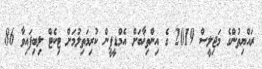
ރައްޔިތުންގެ މަޖިލީސް 2019 ގެ އިންތިޚާބަށް އެމްޑީޕީން ކުރިމަތިލުމަށް ޓިކެޓް ލިބިފައިވާ 86